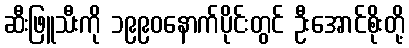
ဆီးဖြူသီးကို ၁၉၉၀နောက်ပိုင်းတွင် ဦးအောင်စိုးတို့